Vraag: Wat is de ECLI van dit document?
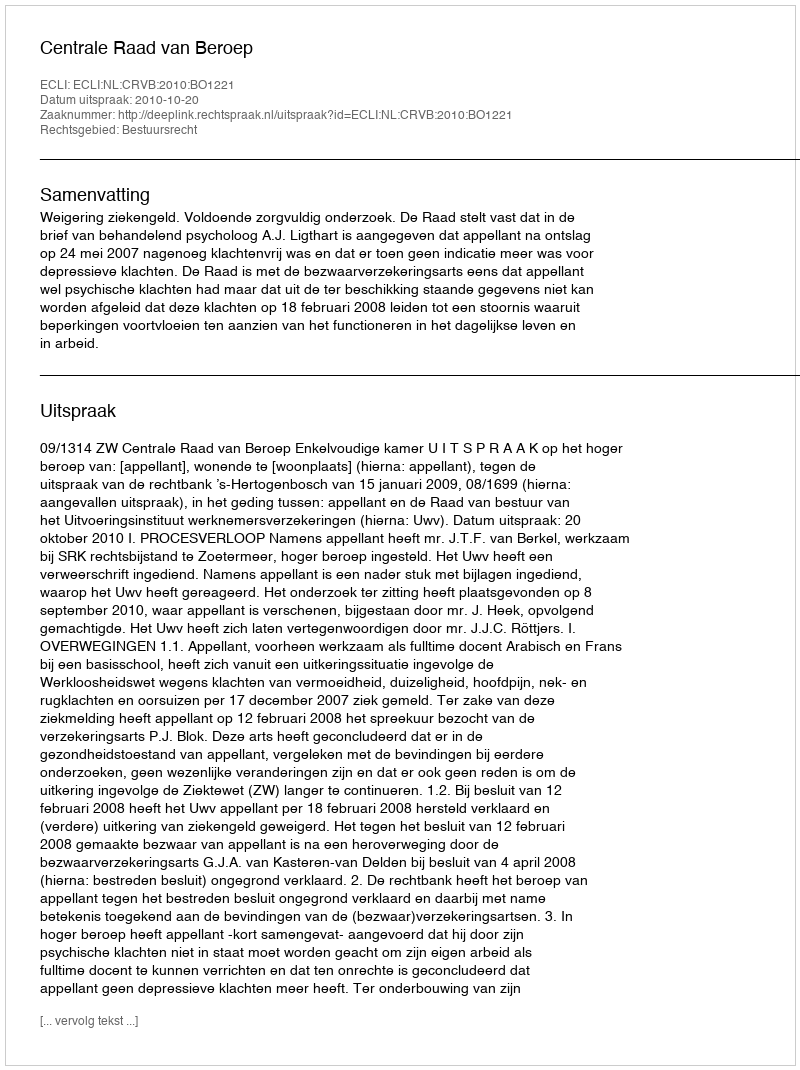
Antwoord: ECLI:NL:CRVB:2010:BO1221